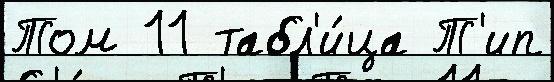
Том 11 табл'и́ца Т'ип